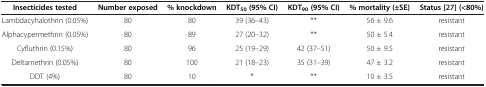
<table><thead><tr><td><b>Insecticides tested</b></td><td><b>Number exposed</b></td><td><b>% knockdown</b></td><td><b>KDT<sub>50</sub>(95% CI)</b></td><td><b>KDT<sub>90</sub>(95% CI)</b></td><td><b>% mortality (±SE)</b></td><td><b>Status[27](&lt;80%)</b></td></tr></thead><tbody><tr><td>Lambdacyhalothrin (0.05%)</td><td>80</td><td>80</td><td>39 (36–43)</td><td>**</td><td>56 ± 9.6</td><td>resistant</td></tr><tr><td>Alphacypermethrin (0.05%)</td><td>80</td><td>89</td><td>27 (20–32)</td><td>**</td><td>50 ± 5.4</td><td>resistant</td></tr><tr><td>Cyfluthrin (0.15%)</td><td>80</td><td>96</td><td>25 (19–29)</td><td>42 (37–51)</td><td>50 ± 9.5</td><td>resistant</td></tr><tr><td>Deltamethrin (0.05%)</td><td>80</td><td>100</td><td>21 (18–23)</td><td>35 (31–39)</td><td>47 ± 3.2</td><td>resistant</td></tr><tr><td>DDT (4%)</td><td>80</td><td>10</td><td>*</td><td>**</td><td>10 ± 3.5</td><td>resistant</td></tr></tbody></table>